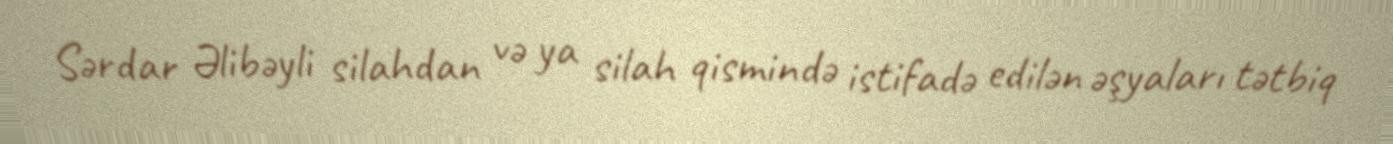
Sərdar Əlibəyli silahdan və ya silah qismində istifadə edilən əşyaları tətbiq